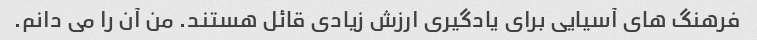
فرهنگ های آسیایی برای یادگیری ارزش زیادی قائل هستند. من آن را می دانم.